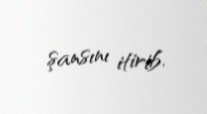
şansını itirib.